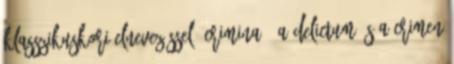
klasszikuskori elnevezéssel: crimina . A delictum és a crimen